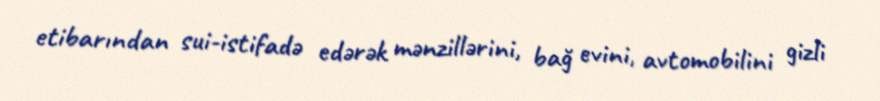
etibarından sui-istifadə edərək mənzillərini, bağ evini, avtomobilini gizli